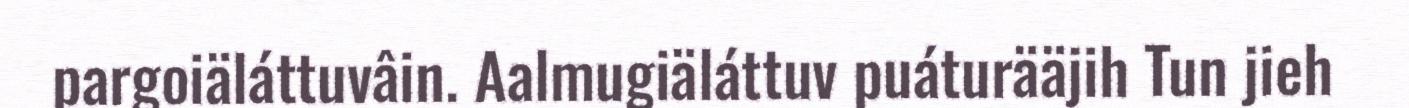
pargoiäláttuvâin. Aalmugiäláttuv puáturääjih Tun jieh